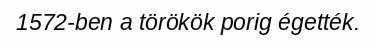
1572-ben a törökök porig égették.